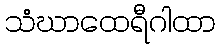
သံဃာထေရီဂါထာ